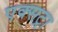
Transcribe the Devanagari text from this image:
एक्‍सट्रा